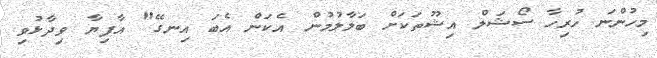
މިހުންނަ ހުރިހާ ސޯޝަލް އިޝޫތަކަށް ބަލާލުމުން އެކަން އެބަ އިނގޭ" އާފިޔާ ވިދާޅުވި